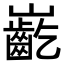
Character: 𪩟